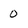
Character: 0